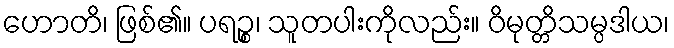
ဟောတိ၊ ဖြစ်၏။ ပရဉ္စ၊ သူတပါးကိုလည်း။ ဝိမုတ္တိသမ္ပဒါယ၊